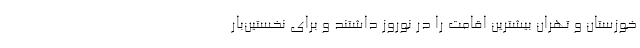
خوزستان و تهران بیشترین اقامت را در نوروز داشتند و برای نخستین‌بار